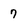
Character: 7